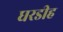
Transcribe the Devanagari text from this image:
घरडीह